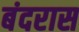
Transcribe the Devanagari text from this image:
बंदरास